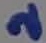
Text: 2